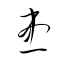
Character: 患